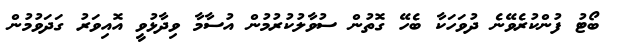
ބޯޓު ފުންކުރެވޭނެ ދުވަހަކާ ބެހޭ ގޮތުން ސުވާލުކުރުމުން އުސާމާ ވިދާޅުވީ އޮއިވަރު ގަދަވުމުން